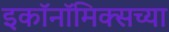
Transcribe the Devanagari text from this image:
इकॉनॉमिक्सच्या